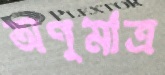
অণুমাত্র